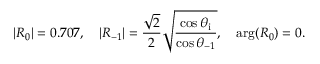
| R _ { 0 } | = 0 . 7 0 7 , \quad | R _ { - 1 } | = \frac { \sqrt { 2 } } { 2 } \sqrt { \frac { \cos \theta _ { \mathrm { i } } } { \cos \theta _ { - 1 } } } , \quad \arg ( R _ { 0 } ) = 0 .